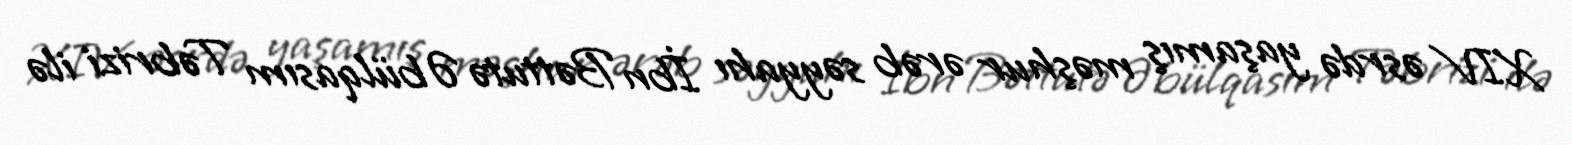
XIV əsrdə yaşamış məşhur ərəb səyyahı İbn Bəttutə Əbülqasım Təbrizi ilə